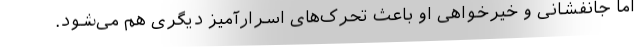
اما جانفشانی و خیرخواهی او باعث تحرک‌های اسرارآمیز دیگری هم می‌شود.